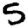
Digit: 5